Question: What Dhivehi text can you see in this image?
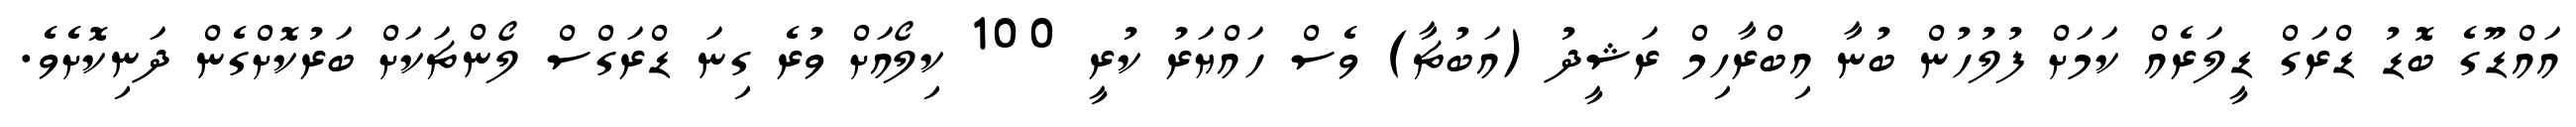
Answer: އައްޑޫގެ ބޮޑު ޑްރަގް ޑީލަރެއް ކަމަށް ފުލުހުން ބުނާ އިބްރާހިމް ރަޝީދު (އަބުޗާ) ވެސް ހައްޔަރު ކުރީ 100 ކިލޯއަށް ވުރެ ގިނަ ޑްރަގްސް ލޯންޗަކަށް ބަރުކޮށްގެން ދަނިކޮށެވެ.